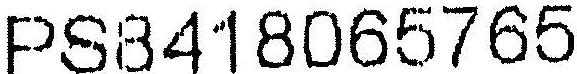
PS8418065765